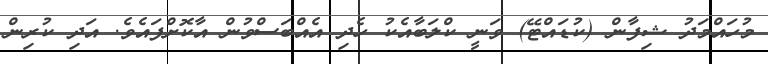
މުހައްމަދު ޝިފާން (ކުޑައްޓޭ) ވަނީ ކްލަބާއެކު ހެދި އެއްބަސްވުން އާކޮށްފައެވެ. އަދި ކުރިން